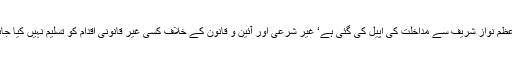
وزیراعظم نواز شریف سے مداخلت کی اپیل کی گئی ہے‘ غیر شرعی اور آئین و قانون کے خلاف کسی غیر قانونی اقدام کو تسلیم نہیں کیا جائے گا۔